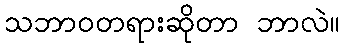
သဘာဝတရားဆိုတာ ဘာလဲ။